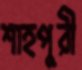
শাহপুরী